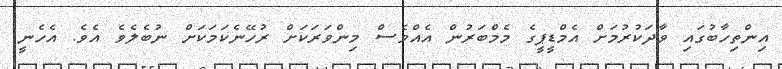
އިންތިހާބުގައި ވާދަކުރުމަށް އެމްޑީޕީގެ މެމްބަރުން އެއްވެސް މިންވަރަކަށް ރުހޭނެކަމަކަށް ނުބެލެވެ އެވެ. އެހެނީ